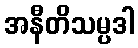
အနီတိသမ္ပဒါ